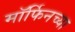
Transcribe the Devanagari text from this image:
मॉर्फिनच्या